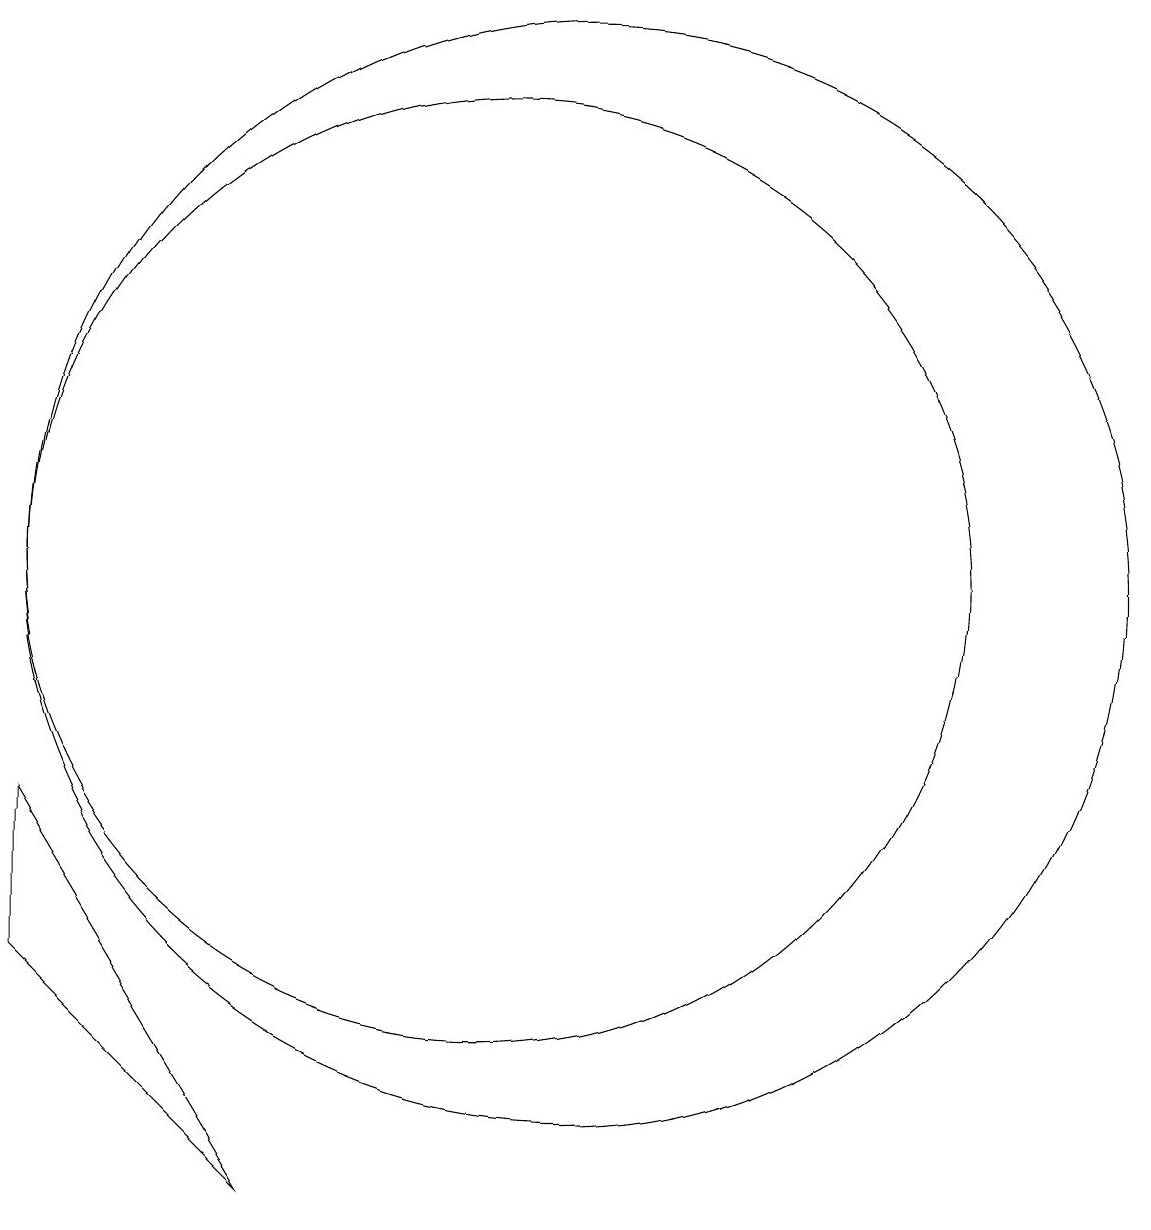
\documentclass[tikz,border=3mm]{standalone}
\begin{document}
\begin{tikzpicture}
\draw (11,10) circle (7);
\draw (4,7) -- (4,5) -- (7,2) -- cycle;
\draw (10,10) circle (6);
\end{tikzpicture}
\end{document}